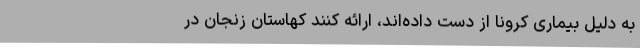
به دلیل بیماری کرونا از دست داده‌اند، ارائه کنند کهاستان زنجان در